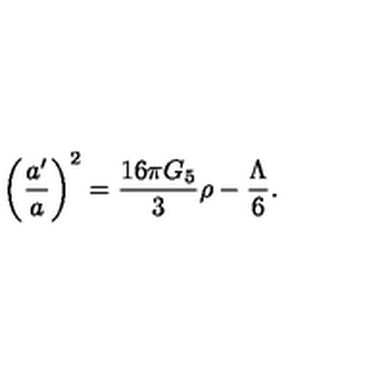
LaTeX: \left( { \frac { a ^ { \prime } } { a } } \right) ^ { 2 } = { \frac { 1 6 \pi G _ { 5 } } { 3 } } \rho - { \frac { \Lambda } { 6 } } .